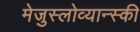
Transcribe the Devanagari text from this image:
मेजुस्लोव्यान्स्की